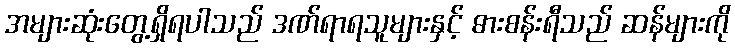
အများဆုံးတွေ့ရှိရပါသည် ဒဏ်ရာရသူများနှင့် ဓားစန်းရီသည် ဆန်များကို